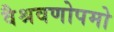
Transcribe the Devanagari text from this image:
वैश्रवणोपमो